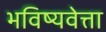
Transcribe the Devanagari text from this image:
भविष्यवेत्ता